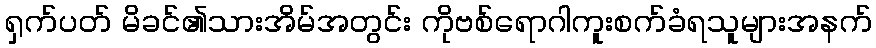
ရှက်ပတ် မိခင်၏သားအိမ်အတွင်း ကိုဗစ်ရောဂါကူးစက်ခံရသူများအနက်